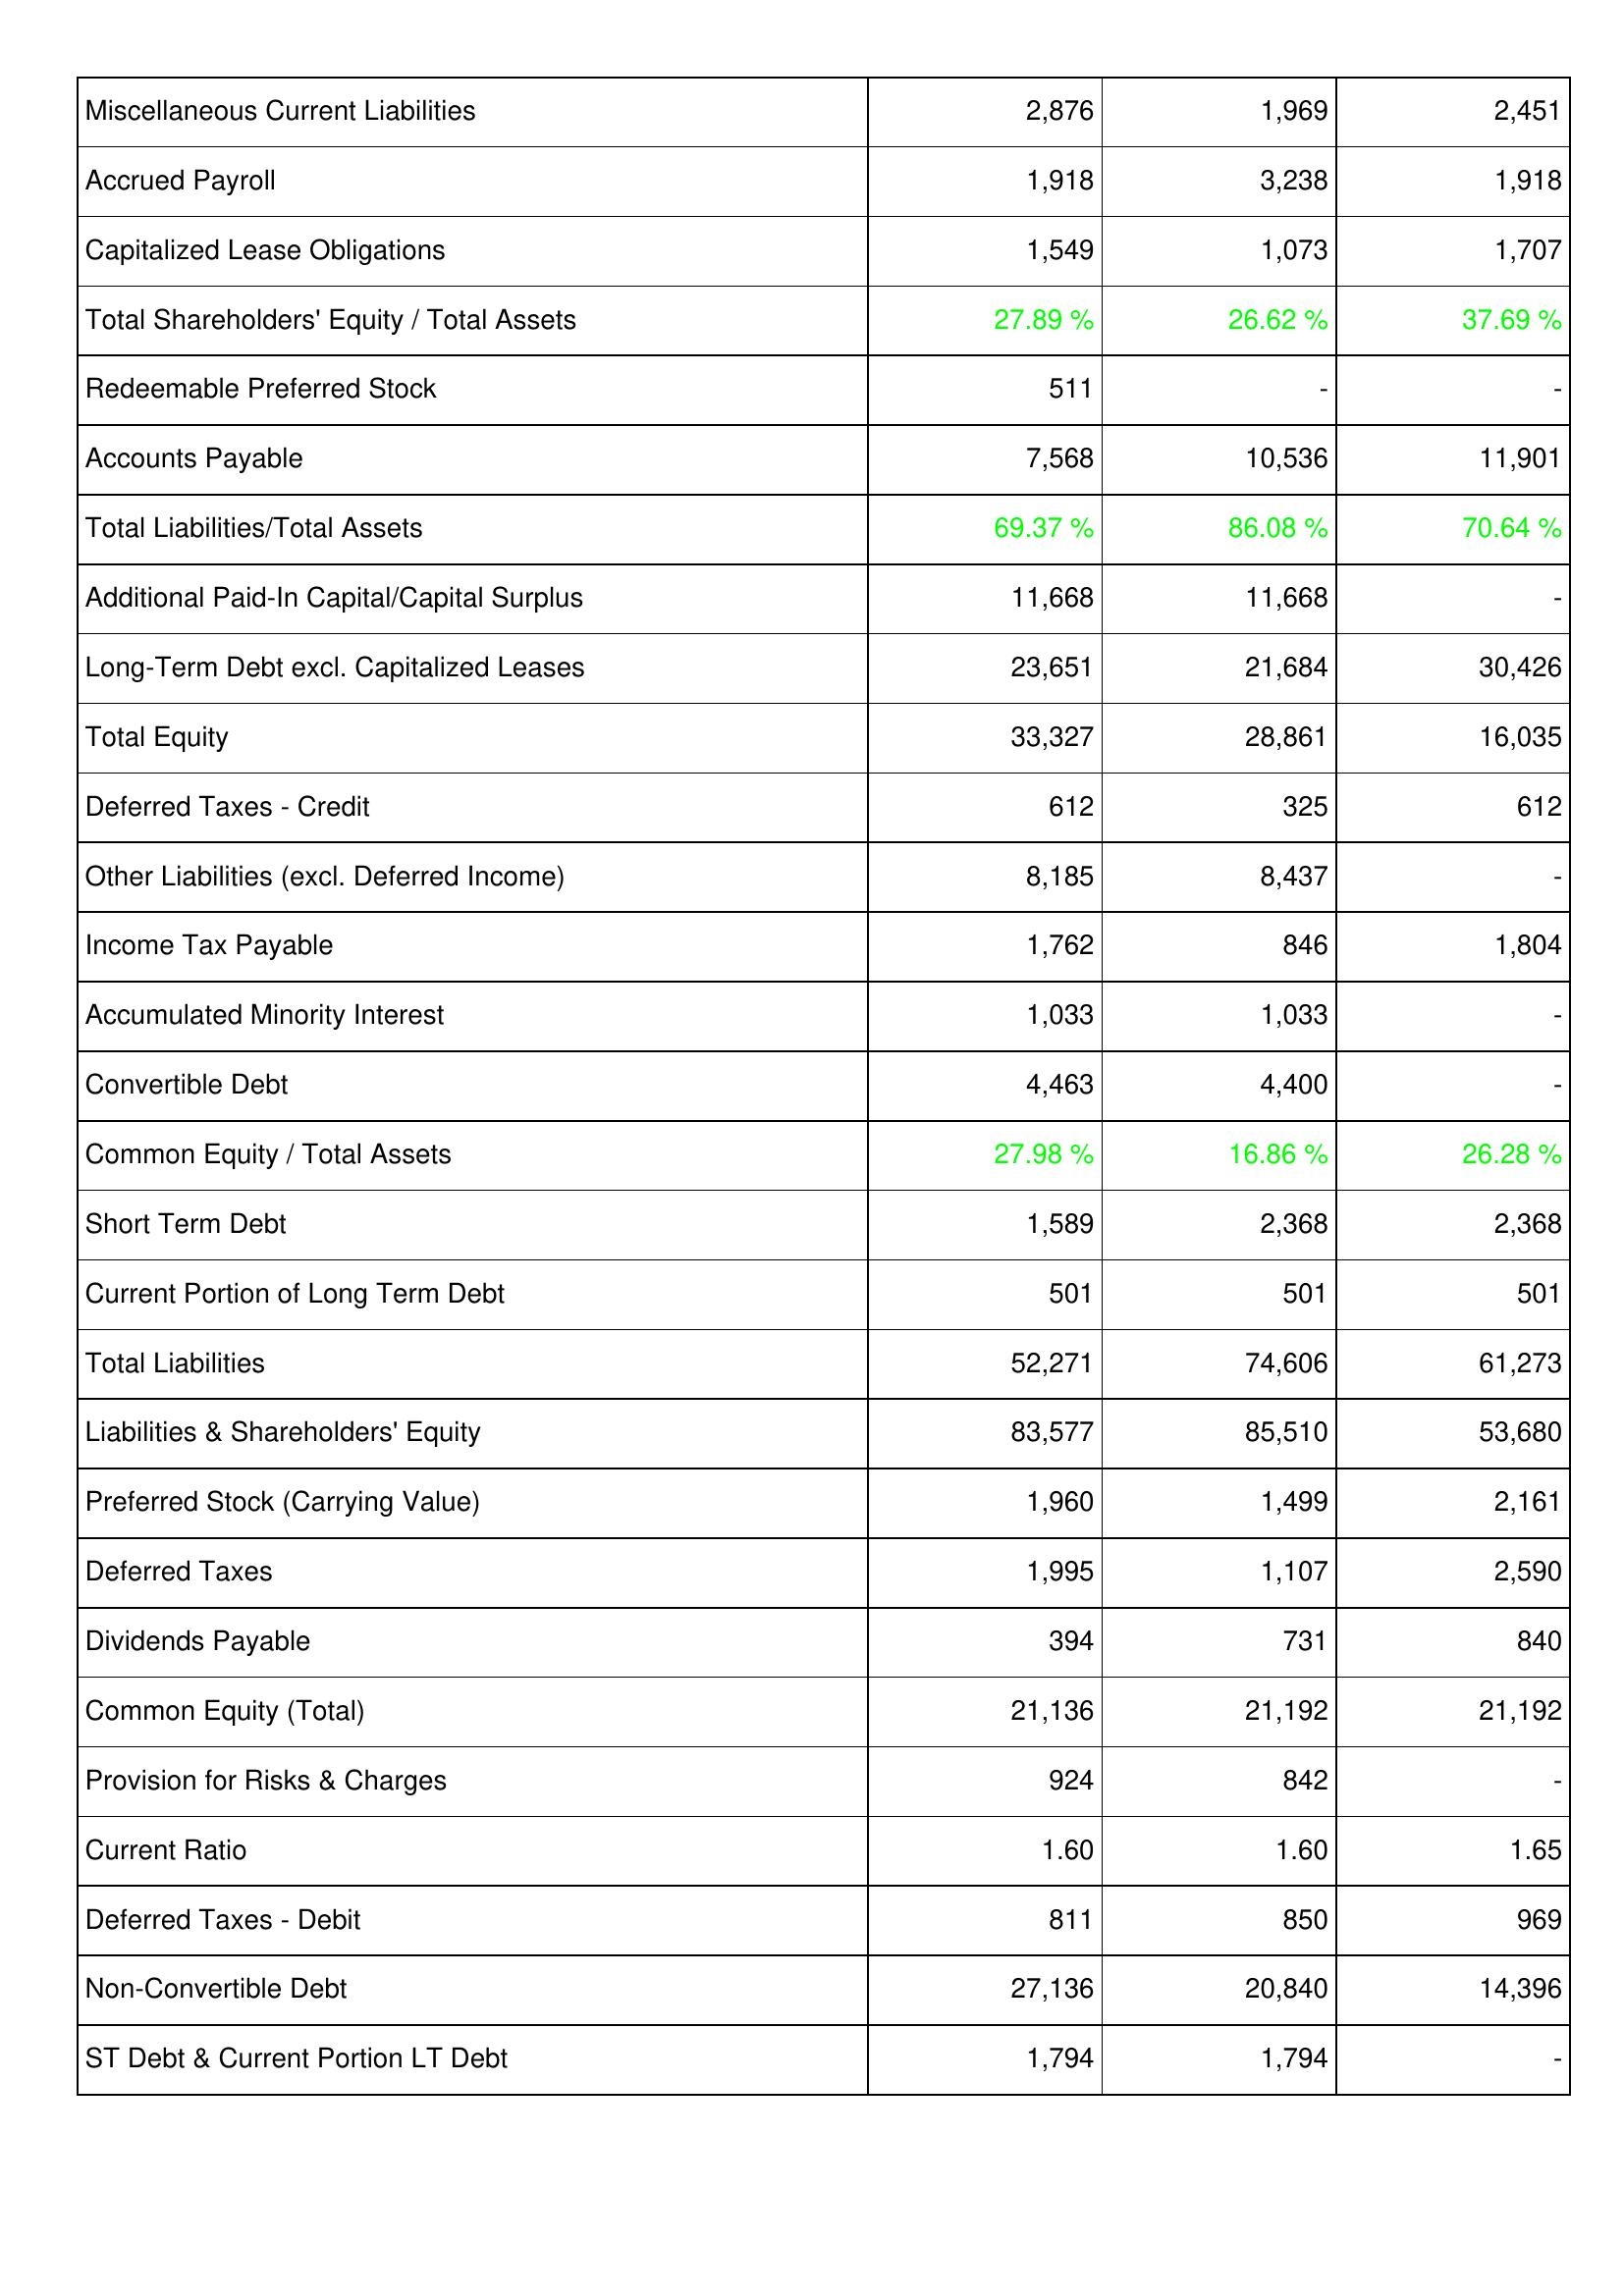
2022: Liabilities & Shareholders' Equity: Miscellaneous Current Liabilities: 2,876
Accrued Payroll: 1,918
Capitalized Lease Obligations: 1,549
Total Shareholders' Equity / Total Assets: 27.89 %
Redeemable Preferred Stock: 511
Accounts Payable: 7,568
Total Liabilities/Total Assets: 69.37 %
Additional Paid-In Capital/Capital Surplus: 11,668
Long-Term Debt excl. Capitalized Leases: 23,651
Total Equity: 33,327
Deferred Taxes - Credit: 612
Other Liabilities (excl. Deferred Income): 8,185
Income Tax Payable: 1,762
Accumulated Minority Interest: 1,033
Convertible Debt: 4,463
Common Equity / Total Assets: 27.98 %
Short Term Debt: 1,589
Current Portion of Long Term Debt: 501
Total Liabilities: 52,271
Liabilities & Shareholders' Equity: 83,577
Preferred Stock (Carrying Value): 1,960
Deferred Taxes: 1,995
Dividends Payable: 394
Common Equity (Total): 21,136
Provision for Risks & Charges: 924
Current Ratio: 1.60
Deferred Taxes - Debit: 811
Non-Convertible Debt: 27,136
ST Debt & Current Portion LT Debt: 1,794
2021: Liabilities & Shareholders' Equity: Miscellaneous Current Liabilities: 1,969
Accrued Payroll: 3,238
Capitalized Lease Obligations: 1,073
Total Shareholders' Equity / Total Assets: 26.62 %
Redeemable Preferred Stock: -
Accounts Payable: 10,536
Total Liabilities/Total Assets: 86.08 %
Additional Paid-In Capital/Capital Surplus: 11,668
Long-Term Debt excl. Capitalized Leases: 21,684
Total Equity: 28,861
Deferred Taxes - Credit: 325
Other Liabilities (excl. Deferred Income): 8,437
Income Tax Payable: 846
Accumulated Minority Interest: 1,033
Convertible Debt: 4,400
Common Equity / Total Assets: 16.86 %
Short Term Debt: 2,368
Current Portion of Long Term Debt: 501
Total Liabilities: 74,606
Liabilities & Shareholders' Equity: 85,510
Preferred Stock (Carrying Value): 1,499
Deferred Taxes: 1,107
Dividends Payable: 731
Common Equity (Total): 21,192
Provision for Risks & Charges: 842
Current Ratio: 1.60
Deferred Taxes - Debit: 850
Non-Convertible Debt: 20,840
ST Debt & Current Portion LT Debt: 1,794
2020: Liabilities & Shareholders' Equity: Miscellaneous Current Liabilities: 2,451
Accrued Payroll: 1,918
Capitalized Lease Obligations: 1,707
Total Shareholders' Equity / Total Assets: 37.69 %
Redeemable Preferred Stock: -
Accounts Payable: 11,901
Total Liabilities/Total Assets: 70.64 %
Additional Paid-In Capital/Capital Surplus: -
Long-Term Debt excl. Capitalized Leases: 30,426
Total Equity: 16,035
Deferred Taxes - Credit: 612
Other Liabilities (excl. Deferred Income): -
Income Tax Payable: 1,804
Accumulated Minority Interest: -
Convertible Debt: -
Common Equity / Total Assets: 26.28 %
Short Term Debt: 2,368
Current Portion of Long Term Debt: 501
Total Liabilities: 61,273
Liabilities & Shareholders' Equity: 53,680
Preferred Stock (Carrying Value): 2,161
Deferred Taxes: 2,590
Dividends Payable: 840
Common Equity (Total): 21,192
Provision for Risks & Charges: -
Current Ratio: 1.65
Deferred Taxes - Debit: 969
Non-Convertible Debt: 14,396
ST Debt & Current Portion LT Debt: -